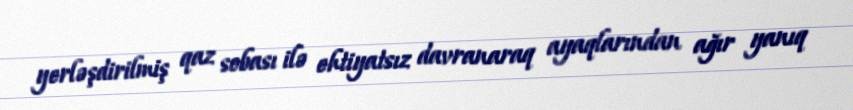
yerləşdirilmiş qaz sobası ilə ehtiyatsız davranaraq ayaqlarından ağır yanıq